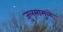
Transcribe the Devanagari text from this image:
जुलमामुळे